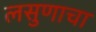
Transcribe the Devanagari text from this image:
लसुणाचा